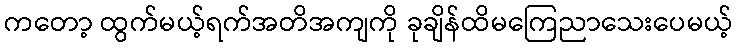
ကတော့ ထွက်မယ့်ရက်အတိအကျကို ခုချိန်ထိမကြေညာသေးပေမယ့်